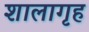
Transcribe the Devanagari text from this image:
शालागृह